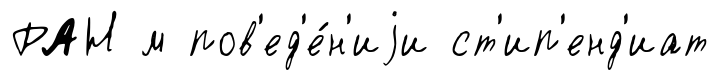
РАН м пов'ед'е́н'иjи ст'ип'енд'иат